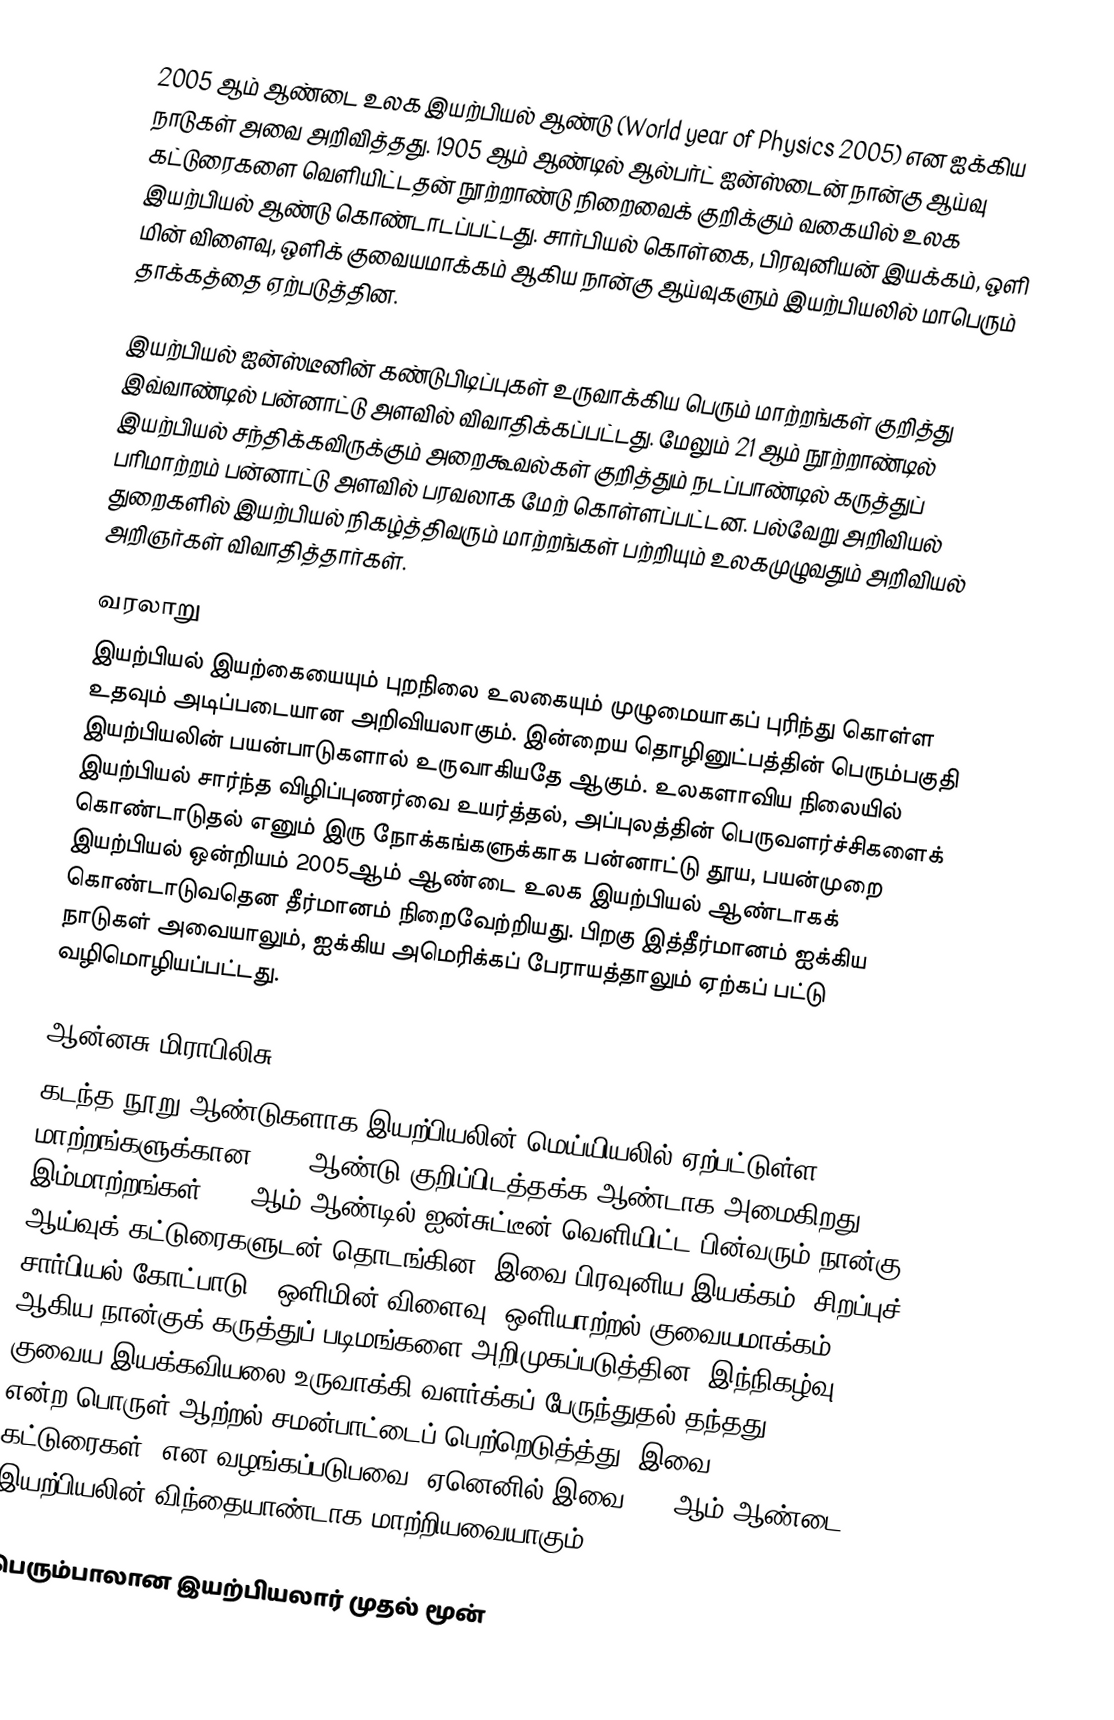
2005 ஆம் ஆண்டை உலக இயற்பியல் ஆண்டு (World year of Physics 2005) என ஐக்கிய நாடுகள் அவை அறிவித்தது. 1905 ஆம் ஆண்டில் ஆல்பர்ட் ஐன்ஸ்டைன் நான்கு ஆய்வு கட்டுரைகளை வெளியிட்டதன் நூற்றாண்டு நிறைவைக் குறிக்கும் வகையில் உலக இயற்பியல் ஆண்டு கொண்டாடப்பட்டது. சார்பியல் கொள்கை, பிரவுனியன் இயக்கம், ஒளி மின் விளைவு, ஒளிக் குவையமாக்கம் ஆகிய நான்கு ஆய்வுகளும் இயற்பியலில் மாபெரும் தாக்கத்தை ஏற்படுத்தின.

இயற்பியல் ஐன்ஸ்டீனின் கண்டுபிடிப்புகள் உருவாக்கிய பெரும் மாற்றங்கள் குறித்து இவ்வாண்டில் பன்னாட்டு அளவில் விவாதிக்கப்பட்டது. மேலும் 21 ஆம் நூற்றாண்டில் இயற்பியல் சந்திக்கவிருக்கும் அறைகூவல்கள் குறித்தும் நடப்பாண்டில் கருத்துப் பரிமாற்றம் பன்னாட்டு அளவில் பரவலாக மேற் கொள்ளப்பட்டன. பல்வேறு அறிவியல் துறைகளில் இயற்பியல் நிகழ்த்திவரும் மாற்றங்கள் பற்றியும் உலகமுழுவதும் அறிவியல் அறிஞர்கள் விவாதித்தார்கள்.

வரலாறு
இயற்பியல் இயற்கையையும் புறநிலை உலகையும் முழுமையாகப்  புரிந்து கொள்ள உதவும் அடிப்படையான அறிவியலாகும். இன்றைய தொழினுட்பத்தின் பெரும்பகுதி இயற்பியலின் பயன்பாடுகளால் உருவாகியதே ஆகும். உலகளாவிய நிலையில் இயற்பியல் சார்ந்த விழிப்புணர்வை உயர்த்தல், அப்புலத்தின் பெருவளர்ச்சிகளைக் கொண்டாடுதல் எனும் இரு நோக்கங்களுக்காக பன்னாட்டு தூய, பயன்முறை இயற்பியல் ஒன்றியம் 2005ஆம் ஆண்டை உலக இயற்பியல் ஆண்டாகக் கொண்டாடுவதென தீர்மானம் நிறைவேற்றியது. பிறகு இத்தீர்மானம் ஐக்கிய நாடுகள் அவையாலும், ஐக்கிய அமெரிக்கப் பேராயத்தாலும் ஏற்கப் பட்டு வழிமொழியப்பட்டது.

ஆன்னசு மிராபிலிசு
கடந்த நூறு ஆண்டுகளாக இயற்பியலின் மெய்யியலில் ஏற்பட்டுள்ள மாற்றங்களுக்கான 2005 ஆண்டு குறிப்பிடத்தக்க ஆண்டாக அமைகிறது. இம்மாற்றங்கள் 1905ஆம் ஆண்டில் ஐன்சுட்டீன் வெளியிட்ட பின்வரும் நான்கு ஆய்வுக் கட்டுரைகளுடன்  தொடங்கின. இவை பிரவுனிய இயக்கம், சிறப்புச் சார்பியல் கோட்பாடு , ஒளிமின் விளைவு, ஒளியாற்றல் குவையமாக்கம் ஆகிய நான்குக் கருத்துப் படிமங்களை அறிமுகப்படுத்தின. இந்நிகழ்வு குவைய இயக்கவியலை உருவாக்கி வளர்க்கப் பேருந்துதல் தந்தது.  E = mc2 என்ற பொருள்-ஆற்றல் சமன்பாட்டைப் பெற்றெடுத்த்து. இவை "Annus Mirabilis கட்டுரைகள்" என வழங்கப்படுபவை. ஏனெனில் இவை 1905ஆம் ஆண்டை இயற்பியலின் விந்தையாண்டாக மாற்றியவையாகும்.

பெரும்பாலான இயற்பியலார் முதல் மூன்